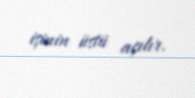
işinin üstü açılır.